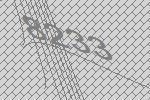
8233